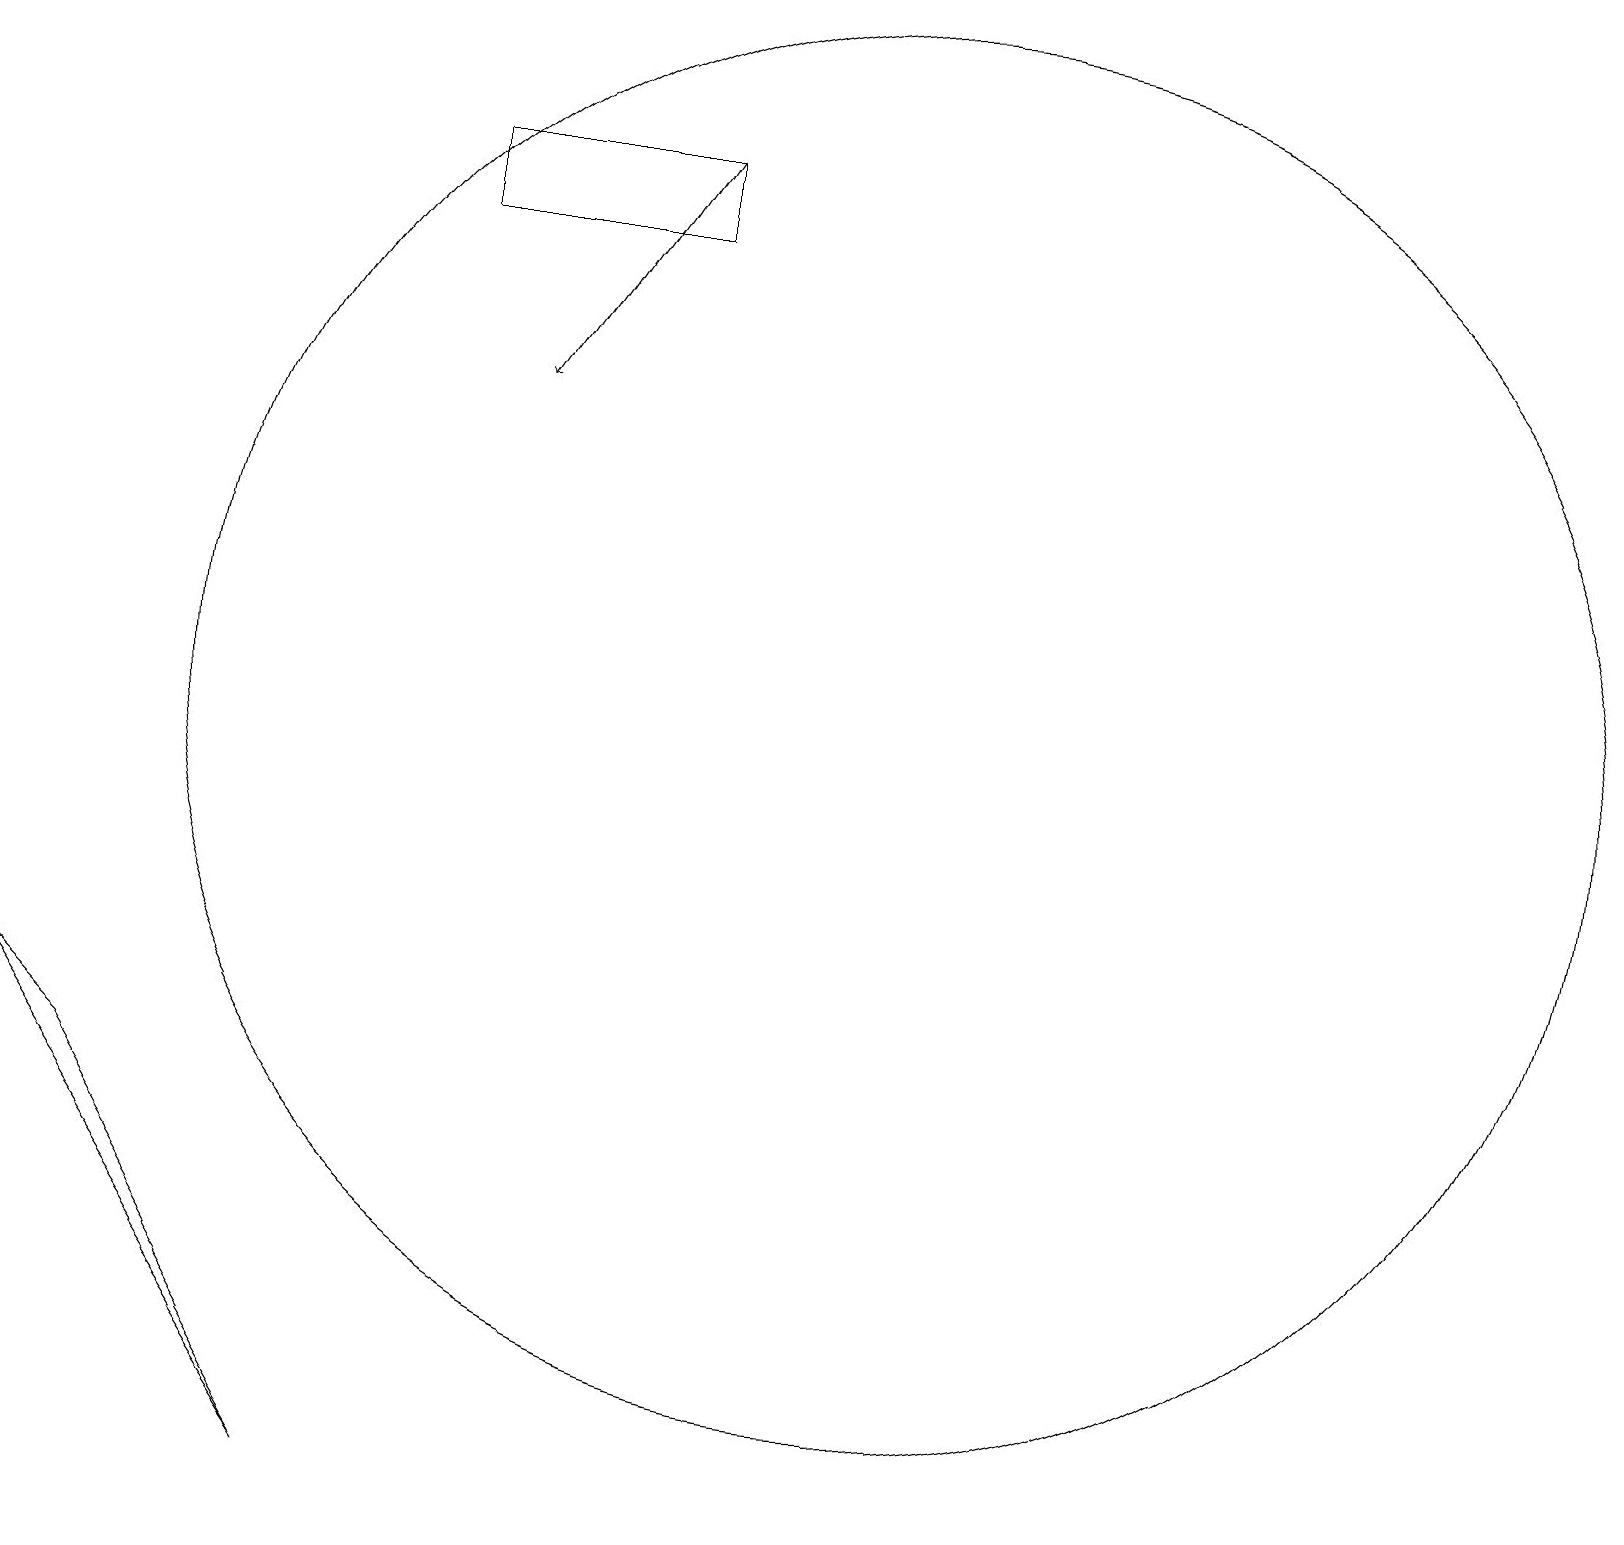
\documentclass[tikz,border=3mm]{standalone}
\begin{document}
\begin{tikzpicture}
\draw (8,18) rectangle (5,19);
\draw (0,8) -- (1,7) -- (4,2) -- cycle;
\draw[->] (8,19) -- (6,16);
\draw (10,11) circle (0);
\draw (11,12) circle (9);
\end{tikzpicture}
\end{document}